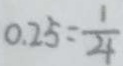
0 . 2 5 = \frac { 1 } { 4 }